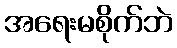
အရေးမစိုက်ဘဲ